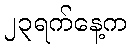
၂၃ရက်နေ့က